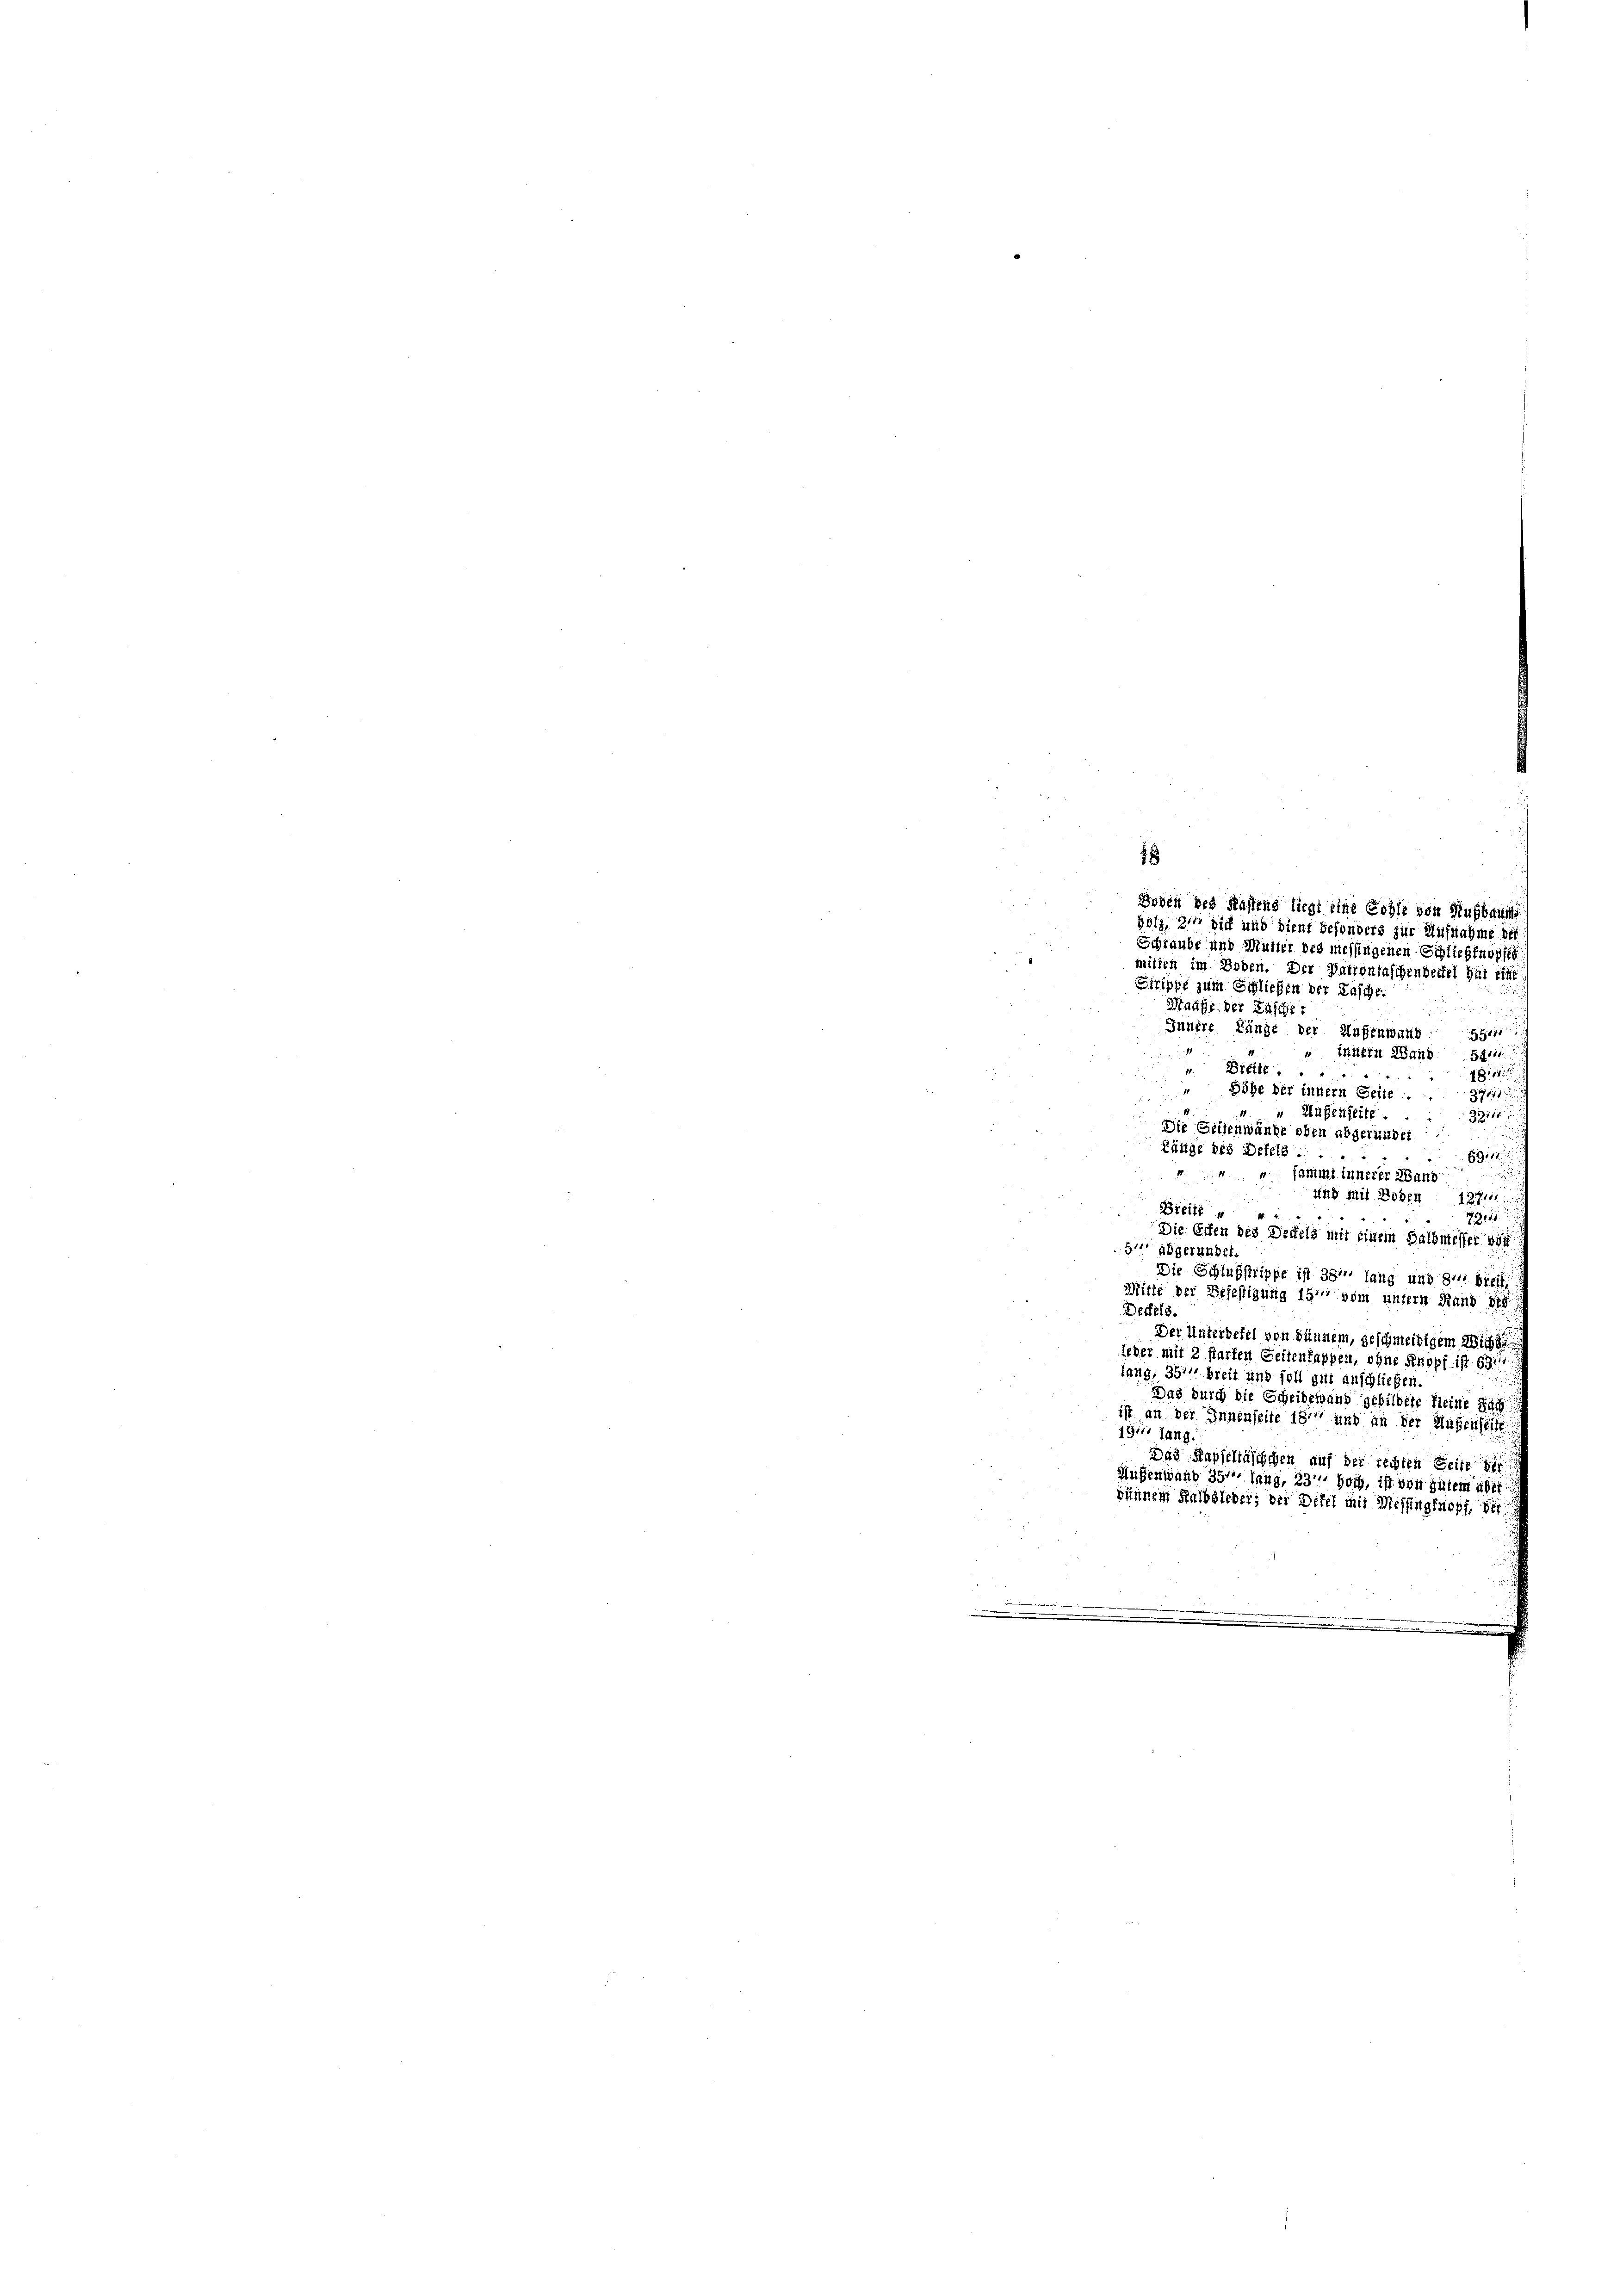
Boden des Fastens liegt eine Sohle von Nußbauf
Holz, 2 sich und dient besonders zur Aufnahme di
Schraube und Mutter des messingenen Schlieffnoffic
mitten im Boden. Der Parrontaschendeifel hat eine
Sirippe zum Schließen der Tasche
Mange der Fäsche
Innere Länge der Aufenwand
55411
4
 imitein Wand 544
Breite ..
48114.
Höhe der innern Geise.
7411
" Hasenheite.
33717.
Die Geisenwände oben abgefundet
Länge des Defels ....
B911
fammt innerer Wand
und mit Boden 12741
Breite
4
1111.
Die Erben des Dettels mit einem Halbmesser ver
5. abgerunge
Die Schlußstrippe ist 381 lang und zu breit
Mitte der Befestigung 15 vom untern Rand 178
Derfels.
Der Unterbetel von Dünnen, geschmeidigem Nichte
ieder mit 2 starten Seitenkappen, ohne Knopf ist 631
lang, 357 breit und soll gut anschließen.
Das durch die Scheidewand gebildete Kleine Sach
ist an der Innenseite 187 und an der Massenheite
19t Jang.
Das Kapseläschchen auf der rechten Seite der
Aufenwand 357, lang, 23 hoch, ist von Gutem aber
sänner Halbsieder; der Defel mit Messingenopf, der
.

u

18